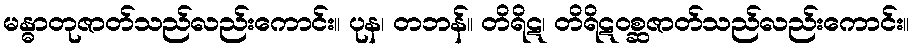
မန္ဓာတုဇာတ်သည်လည်းကောင်း။ ပုန၊ တဘန်။ တိရိဋ၊ တိရိဋဝစ္ဆဇာတ်သည်လည်းကောင်း။